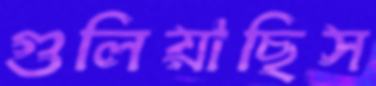
গুলিয়াছিস